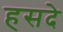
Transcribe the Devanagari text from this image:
हसदे